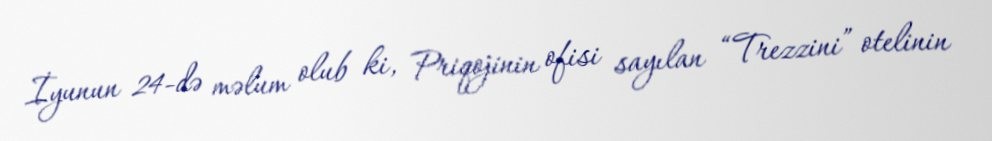
İyunun 24-də məlum olub ki, Priqojinin ofisi sayılan “Trezzini” otelinin